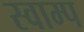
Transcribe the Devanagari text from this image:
स्वाम्प